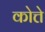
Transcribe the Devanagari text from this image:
कोत्ते